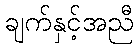
ချက်နှင့်အညီ